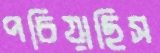
পচিয়াছিস